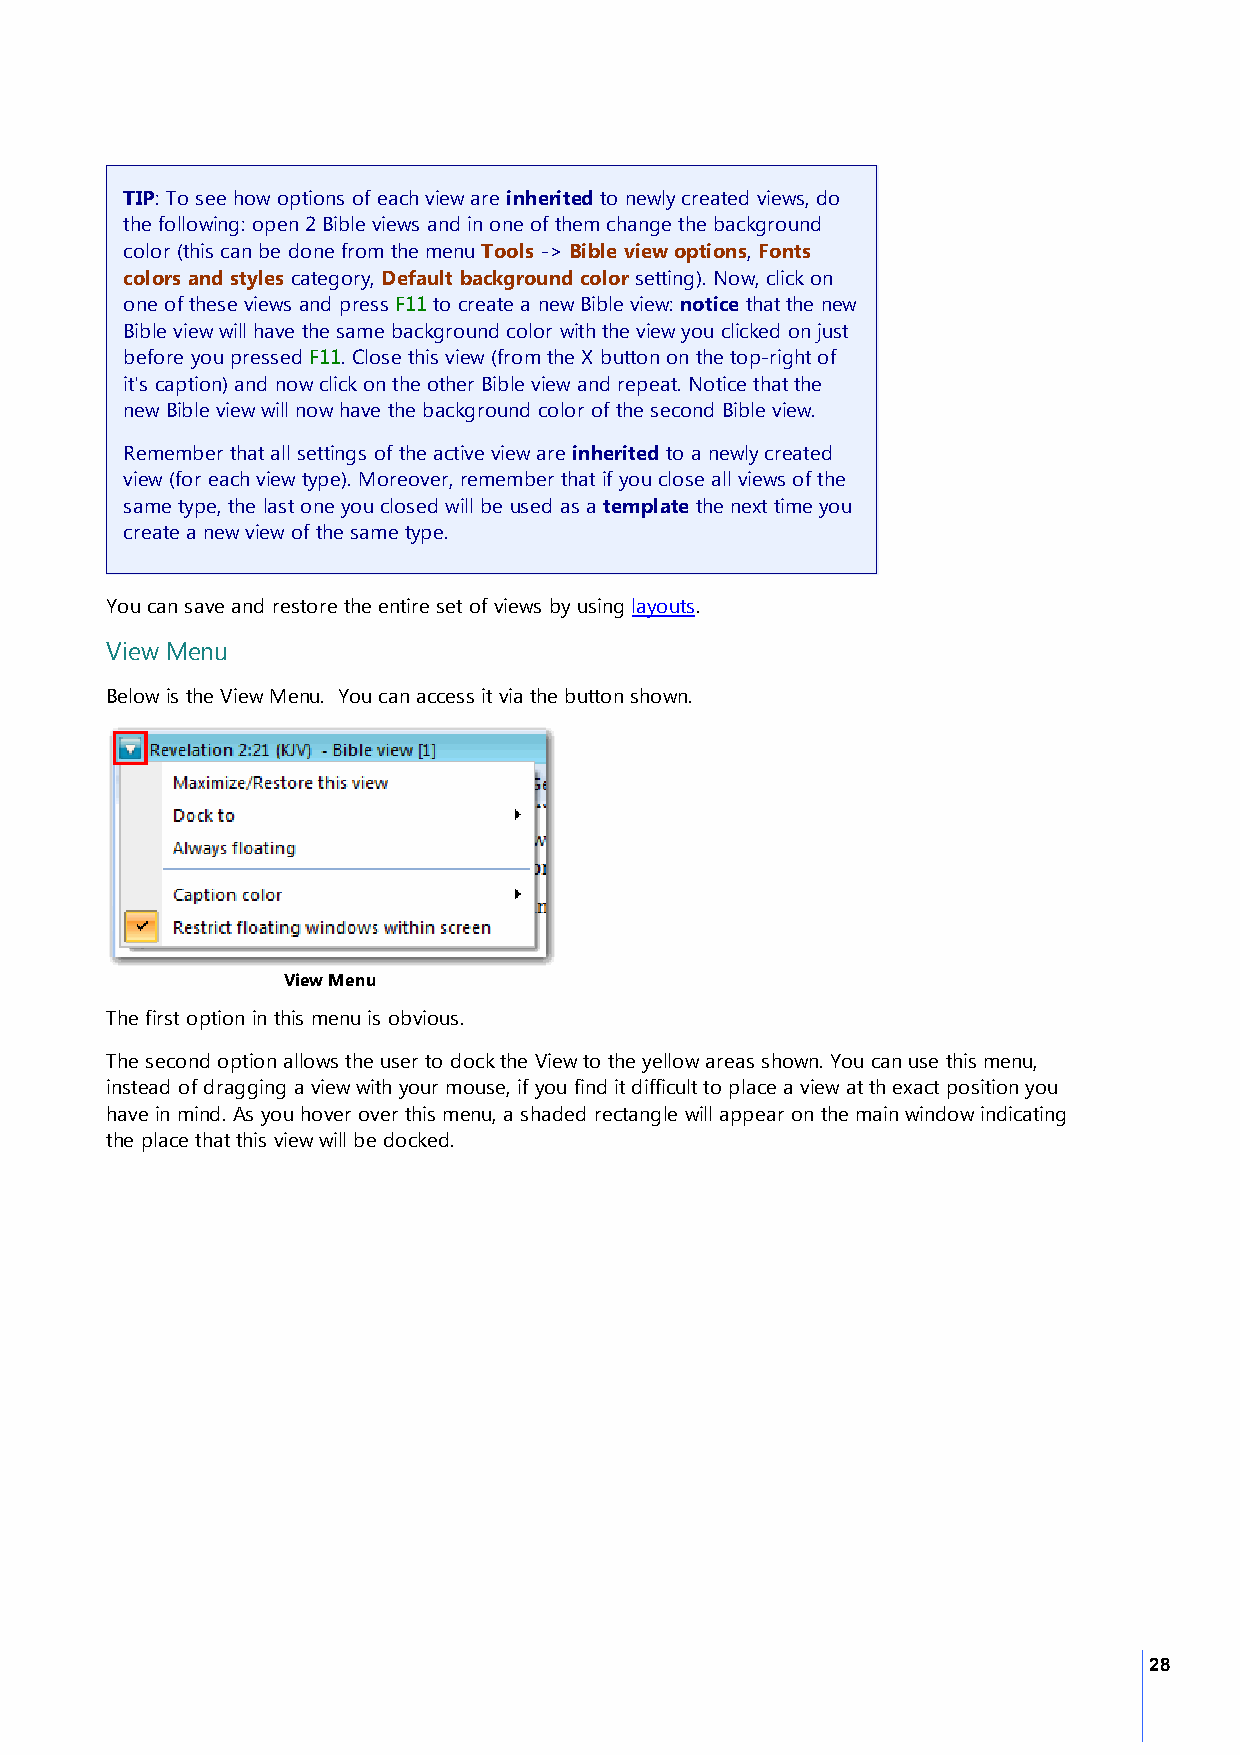
TIP: To see how options of each view are inherited to newly created views, do
 the following: open 2 Bible views and in one of them change the background
 color (this can be done from the menu Tools -> Bible view options, Fonts
 colors and styles category, Default background color setting). Now, click on
 one of these views and press F11 to create a new Bible view: notice that the new
 Bible view will have the same background color with the view you clicked on just
 before you pressed F11. Close this view (from the X button on the top-right of
 it's caption) and now click on the other Bible view and repeat. Notice that the
 new Bible view will now have the background color of the second Bible view.
 Remember that all settings of the active view are inherited to a newly created
 view (for each view type). Moreover, remember that if you close all views of the
 same type, the last one you closed will be used as a template the next time you
 create a new view of the same type.
 You can save and restore the entire set of views by using layouts.
 View Menu
 Below is the View Menu. You can access it via the button shown.
 View Menu
 The first option in this menu is obvious.
 The second option allows the user to dock the View to the yellow areas shown. You can use this menu,
 instead of dragging a view with your mouse, if you find it difficult to place a view at th exact position you
 have in mind. As you hover over this menu, a shaded rectangle will appear on the main window indicating
 the place that this view will be docked.
 28